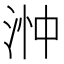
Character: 浺